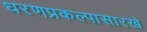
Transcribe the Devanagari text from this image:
धरणप्रकल्पासारखे